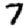
Digit: 7